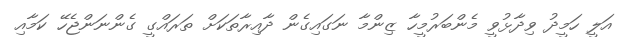
އަލީ ހަމީދު ވިދާޅުވީ މެންބަރުމީހާ ޒިންމާ ނަގައިގެން ދާއިރާތަކަށް ތަރައްގީ ގެންނަންޖެހޭ ކަމާއި